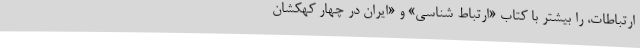
ارتباطات، را بیشتر با کتاب «ارتباط شناسی» و «ایران در چهار کهکَشان